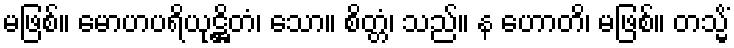
မဖြစ်။ မောဟပရိယုဋ္ဌိတံ၊ သော။ စိတ္တံ၊ သည်။ န ဟောတိ၊ မဖြစ်။ တသ္မိံ